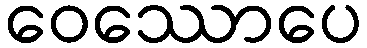
ဝေဿောပေ